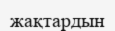
жақтардын